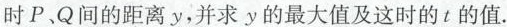
时P、Q间的距离y，并求y的最大值及这时的t的值.